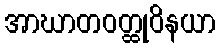
အာဃာတဝတ္ထုဝိနယာ